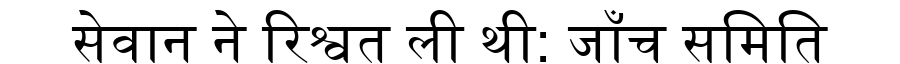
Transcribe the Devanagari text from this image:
सेवान ने रिश्वत ली थी: जाँच समिति